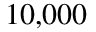
1 0 { , } 0 0 0